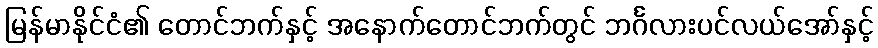
မြန်မာနိုင်ငံ၏ တောင်ဘက်နှင့် အနောက်တောင်ဘက်တွင် ဘင်္ဂလားပင်လယ်အော်နှင့်